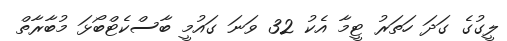
ލީގުގެ ގަދަ ހަތަރު ޓީމާ އެކު 32 ވަނަ ގައުމީ ބާސްކެޓްބޯޅަ މުބާރާތް